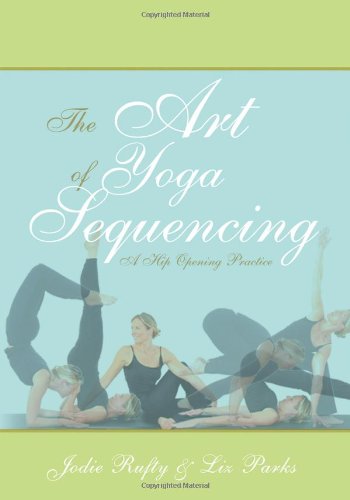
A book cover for The Art of Yoga Sequencing: A Hip Opening Practice; Jodie Rufty; Health, Fitness & Dieting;